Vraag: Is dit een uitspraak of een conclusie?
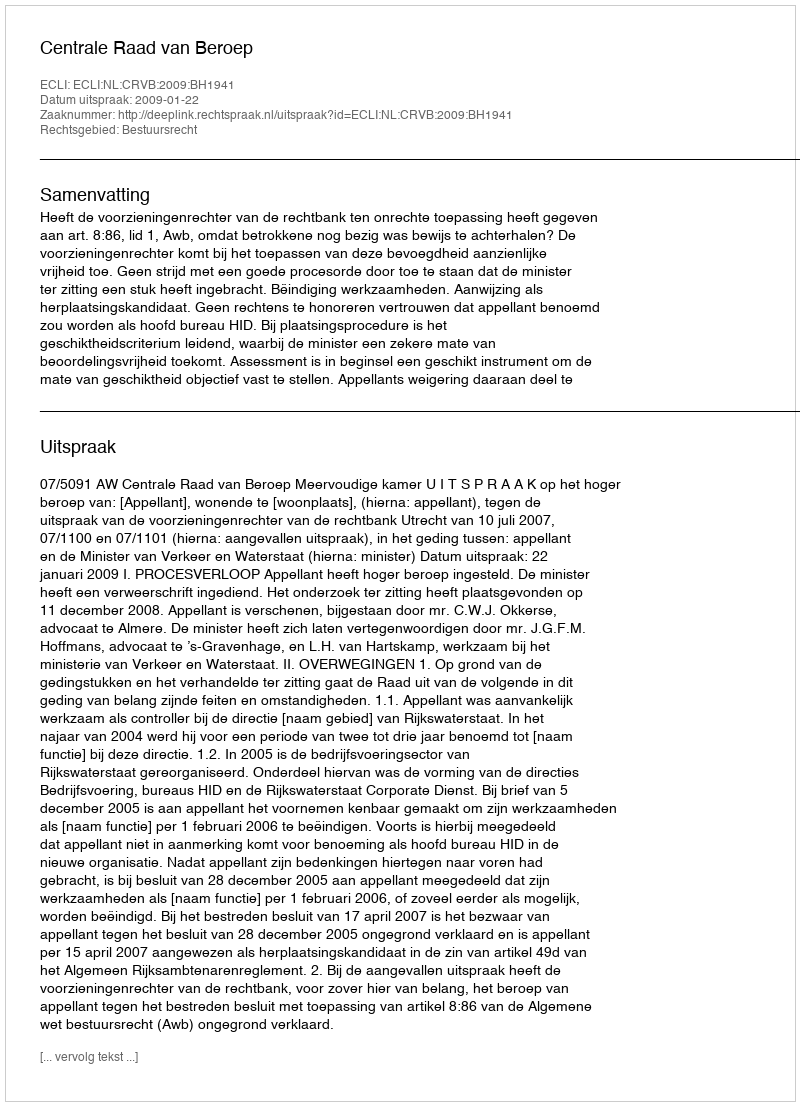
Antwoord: Uitspraak